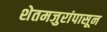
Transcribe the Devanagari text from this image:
शेतमजुरांपासून